Report on sanitation, dispensaries, and jails in Rajputana for 1911, and on vaccination for the year 1911-1912 - 1911-1912
Year: 1911
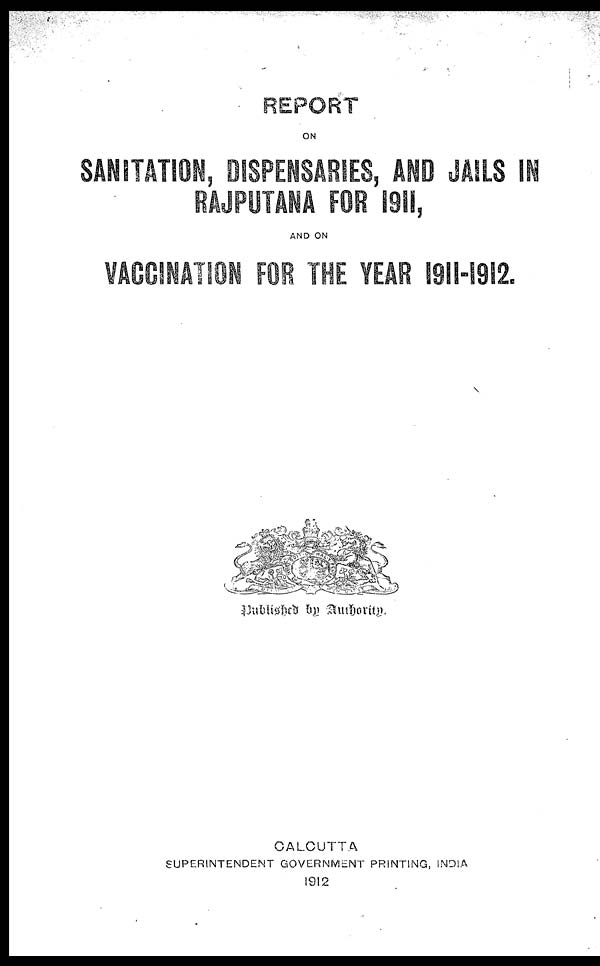
REPORT
ON
SANITATION, DISPENSARIES, AND JAILS IN
RAJPUTANA FOR 1911,
AND ON
VACCINATION FOR THE YEAR 1911-1912.
Published by Authority.
CALCUTTA
SUPERINTENDENT GOVERNMENT PRINTING, INDIA
1912